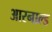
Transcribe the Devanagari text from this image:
आरनाल्ड